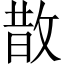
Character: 㪚